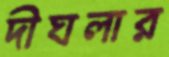
দীঘলার